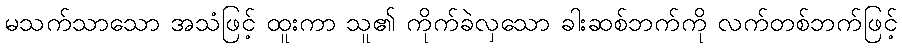
မသက်သာသော အသံဖြင့် ထူးကာ သူ၏ ကိုက်ခဲလှသော ခါးဆစ်ဘက်ကို လက်တစ်ဘက်ဖြင့်